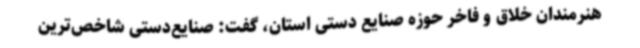
هنرمندان خلاق و فاخر حوزه صنایع دستی استان، گفت: صنایع‌دستی شاخص‌ترین